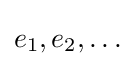
e_{1},e_{2},\ldots